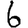
Digit: 6